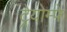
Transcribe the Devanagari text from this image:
ट्रेयोम्फे